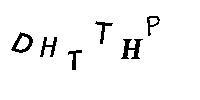
DHTTHP